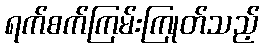
ရက်စက်ကြမ်းကြုတ်သည့်